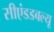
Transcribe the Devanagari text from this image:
सीएंडडबल्यू